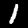
Label: 1